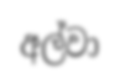
අල්වා